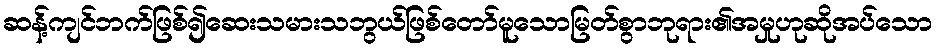
ဆန့်ကျင်ဘက်ဖြစ်၍ဆေးသမားသဘွယ်ဖြစ်တော်မူသောမြတ်စွာဘုရား၏အမှုဟုဆိုအပ်သော